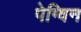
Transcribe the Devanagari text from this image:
पेग्विन